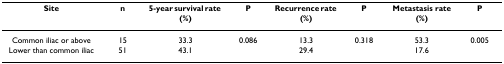
<table><thead><tr><td><b>Site</b></td><td><b>n</b></td><td><b>5-year survival rate (%)</b></td><td><b>P</b></td><td><b>Recurrence rate (%)</b></td><td><b>P</b></td><td><b>Metastasis rate (%)</b></td><td><b>P</b></td></tr></thead><tbody><tr><td>Common iliac or above</td><td>15</td><td>33.3</td><td>0.086</td><td>13.3</td><td>0.318</td><td>53.3</td><td>0.005</td></tr><tr><td>Lower than common iliac</td><td>51</td><td>43.1</td><td></td><td>29.4</td><td></td><td>17.6</td><td></td></tr></tbody></table>